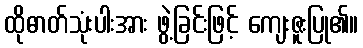
ထိုဓာတ်သုံးပါးအား ဖွဲ့ခြင်းဖြင့် ကျေးဇူးပြု၏။